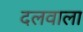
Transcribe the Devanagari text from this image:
दलवाला